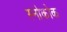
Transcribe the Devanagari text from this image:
स्नोकोक